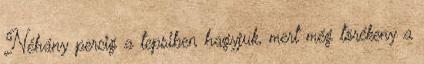
Néhány percig a tepsiben hagyjuk, mert még törékeny a